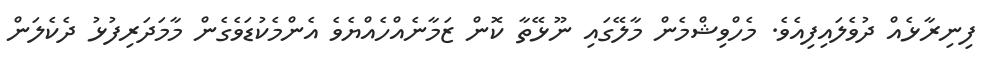
ފިނިރާޅެއް ދުވެލައިފިއެވެ. މެހްވިޝްމެން މާލޭގައި ނޫޅޭތާ ކޮން ޒަމާނެއްހެއްޔެވެ އެންމެކުޑަވެގެން މާމަދަރިފުޅު ދެކެލަން